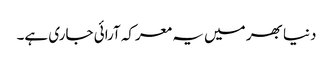
دنیا بھر میں یہ معرکہ آرائی جاری ہے۔